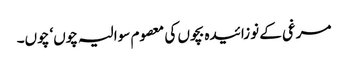
مرغی کے نوزائیدہ بچوں کی معصوم سوالیہ چوں‘ چوں۔